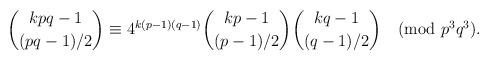
LaTeX: \begin{align*}\binom{kpq-1}{(pq-1)/2}\equiv 4^{k(p-1)(q-1)}\binom{kp-1}{(p-1)/2}\binom{kq-1}{(q-1)/2} \pmod{p^3q^3}.\end{align*}